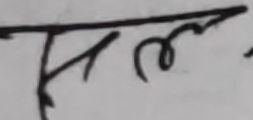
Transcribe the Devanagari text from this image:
फल